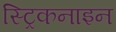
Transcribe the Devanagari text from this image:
स्ट्रिकनाइन